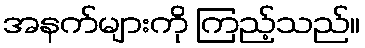
အနက်များကို ကြည့်သည်။